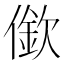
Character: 𱏒